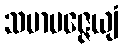
သမာပဇ္ဇေယျံ